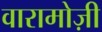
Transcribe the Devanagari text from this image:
वारामोज़ी